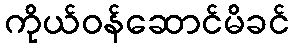
ကိုယ်ဝန်ဆောင်မိခင်